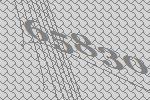
65830